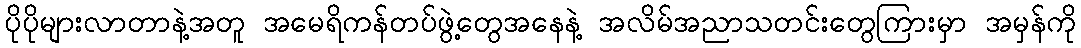
ပိုပိုများလာတာနဲ့အတူ အမေရိကန်တပ်ဖွဲ့တွေအနေနဲ့ အလိမ်အညာသတင်းတွေကြားမှာ အမှန်ကို